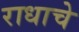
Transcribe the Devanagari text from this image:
राधाचे